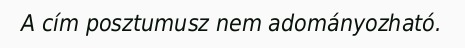
A cím posztumusz nem adományozható.